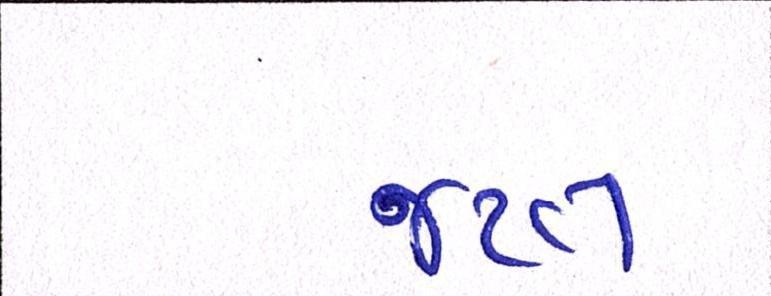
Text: જપ્ત